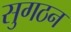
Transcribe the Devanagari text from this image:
सुगठन